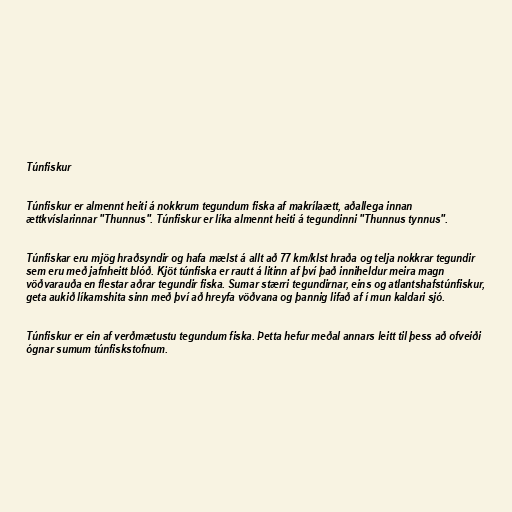
Túnfiskur

Túnfiskur er almennt heiti á nokkrum tegundum fiska af makrílaætt, aðallega innan
ættkvíslarinnar "Thunnus". Túnfiskur er líka almennt heiti á tegundinni "Thunnus tynnus".

Túnfiskar eru mjög hraðsyndir og hafa mælst á allt að 77 km/klst hraða og telja nokkrar tegundir
sem eru með jafnheitt blóð. Kjöt túnfiska er rautt á litinn af því það inniheldur meira magn
vöðvarauða en flestar aðrar tegundir fiska. Sumar stærri tegundirnar, eins og atlantshafstúnfiskur,
geta aukið líkamshita sinn með því að hreyfa vöðvana og þannig lifað af í mun kaldari sjó.

Túnfiskur er ein af verðmætustu tegundum fiska. Þetta hefur meðal annars leitt til þess að ofveiði
ógnar sumum túnfiskstofnum.